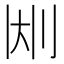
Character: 𫥹